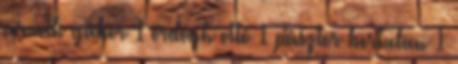
németh gábor 1 ördögh ottó 1 pásztor bertalan 1